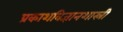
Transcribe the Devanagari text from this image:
प्रकाशविज्ञानशास्री